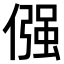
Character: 𠎦